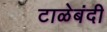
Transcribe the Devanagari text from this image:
टाळेबंदी